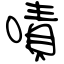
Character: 嘖